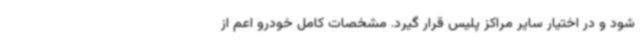
شود و در اختیار سایر مراکز پلیس قرار گیرد. مشخصات کامل خودرو اعم از